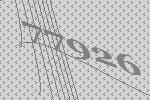
77926